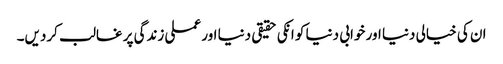
ان کی خیالی دنیا اور خوابی دنیا کو انکی حقیقی دنیا اور عملی زندگی پر غالب کردیں۔